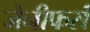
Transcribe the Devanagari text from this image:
जेनीफर्स